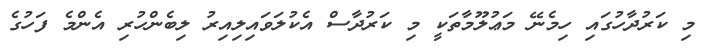
މި ކަރުދާހުގައި ހިމެނޭ މަޢުލޫމާތަކީ މި ކަރުދާސް އެކުލަވައިލިއިރު ލިބެންހުރި އެންމެ ފަހުގެ